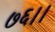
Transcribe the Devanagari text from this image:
७६।।